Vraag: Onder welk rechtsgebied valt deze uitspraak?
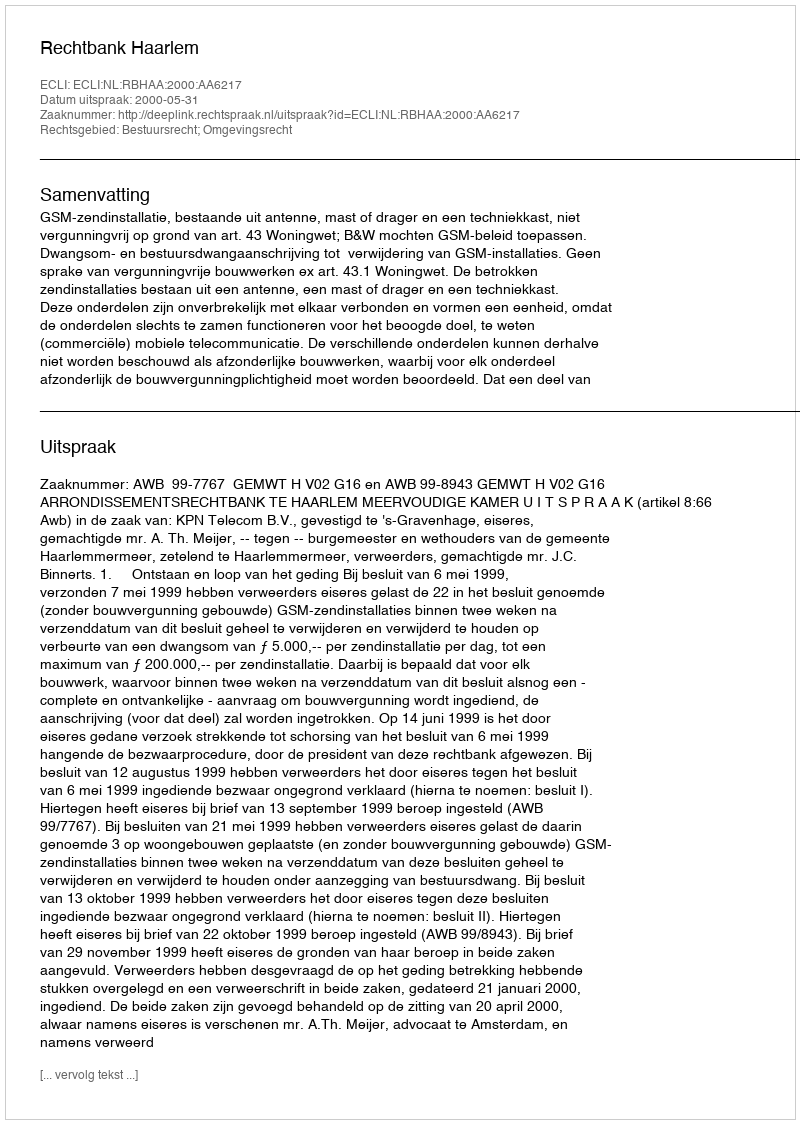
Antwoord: Bestuursrecht; Omgevingsrecht